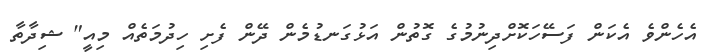
އެހެންވެ އެކަން ފަސޭހަކޮށްދިނުމުގެ ގޮތުން އަޅުގަނޑުމެން ދޭން ފެށި ހިދުމަތެއް މިއީ" ޝިދާތާ